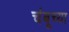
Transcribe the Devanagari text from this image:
चंबूच्या